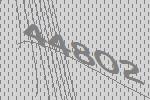
44802